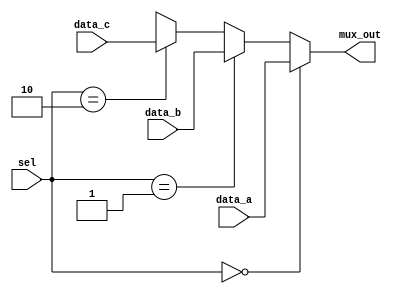
// multiplexer unit for alu_out,mem_out and bus_1
module multiplexer_3ch (mux_out,data_a,data_b,data_c,sel);

//parameter declaration
parameter word_size=16;
parameter sel_size=2;

//input and output declaration
input [word_size-1:0] data_a,data_b,data_c;
input [sel_size-1:0] sel;
output [word_size-1:0] mux_out;

assign mux_out=	(sel==0)?data_a:(sel==1)
		?data_b:(sel==2)
		?data_c: 16'bx;
endmodule